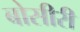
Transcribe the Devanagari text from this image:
बोसीरी